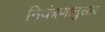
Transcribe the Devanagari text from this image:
नियंत्रणानुसार